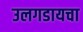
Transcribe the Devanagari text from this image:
उलगडायचा